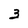
Character: 3